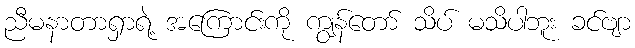
ညီမနာတာရှာရဲ့ အကြောင်းကို ကျွန်တော် သိပ် မသိပါဘူး ခင်ဗျာ